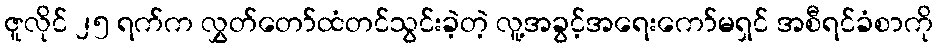
ဇူလိုင် ၂၅ ရက်က လွှတ်တော်ထံတင်သွင်းခဲ့တဲ့ လူ့အခွင့်အရေးကော်မရှင် အစီရင်ခံစာကို